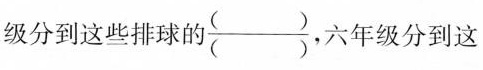
级分到这些排球的 $$\frac{()}{()}$$ ，六年级分到这